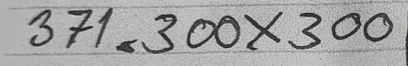
371 = 300x300